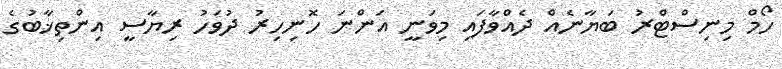
ހޯމް މިނިސްޓްރު ބަޔާނެއް ދެއްވާފައި މިވަނީ އަންނަ ހޮނިހިރު ދުވަހު ރިޔާސީ އިންތިޚާބުގެ